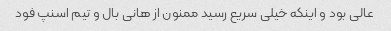
عالی بود و اینکه خیلی سریع رسید ممنون از هانی بال و تیم اسنپ فود